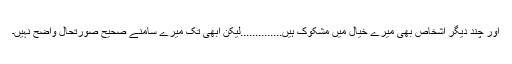
اور چند دیگر اشخاص بھی میرے خیال میں مشکوک ہیں..............لیکن ابھی تک میرے سامنے صحیح صورتحال واضح نہیں۔